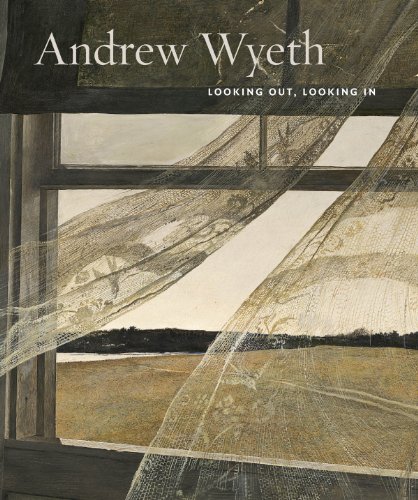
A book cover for Andrew Wyeth: Looking Out, Looking In; Nancy Anderson; Arts & Photography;